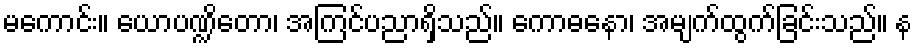
မကောင်း။ ယောပဏ္ဍိတော၊ အကြင်ပညာရှိသည်။ ကောဓနော၊ အမျက်ထွက်ခြင်းသည်။ န